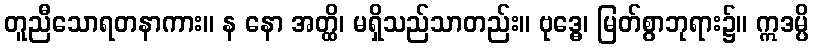
တူညီသောရတနာကား။ န နော အတ္ထိ၊ မရှိသည်သာတည်း။ ဗုဒ္ဓေ၊ မြတ်စွာဘုရား၌။ ဣဒမ္ပိ